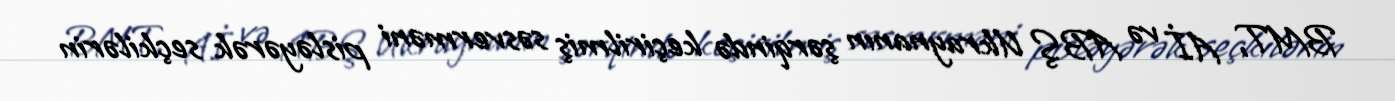
BMT, Aİ və ABŞ Ukraynanın şərqində keçirilmiş səsverməni pisləyərək seçkilərin